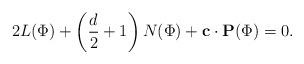
LaTeX: \begin{align*}2L(\Phi)+\left(\frac{d}{2}+1\right)N(\Phi)+\mathbf{c}\cdot \mathbf{P}(\Phi)=0. \end{align*}